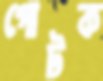
পোটক